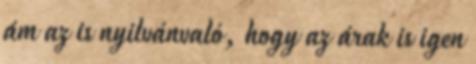
ám az is nyilvánvaló, hogy az árak is igen